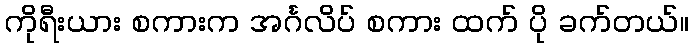
ကိုရီးယား စကားက အင်္ဂလိပ် စကား ထက် ပို ခက်တယ်။